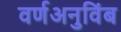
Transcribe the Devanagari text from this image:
वर्णअनुविंब